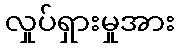
လှုပ်ရှားမှုအား